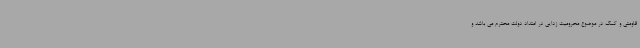
قاومتی و کمک در موضوع محرومیت زدایی در امتداد دولت محترم می باشد و